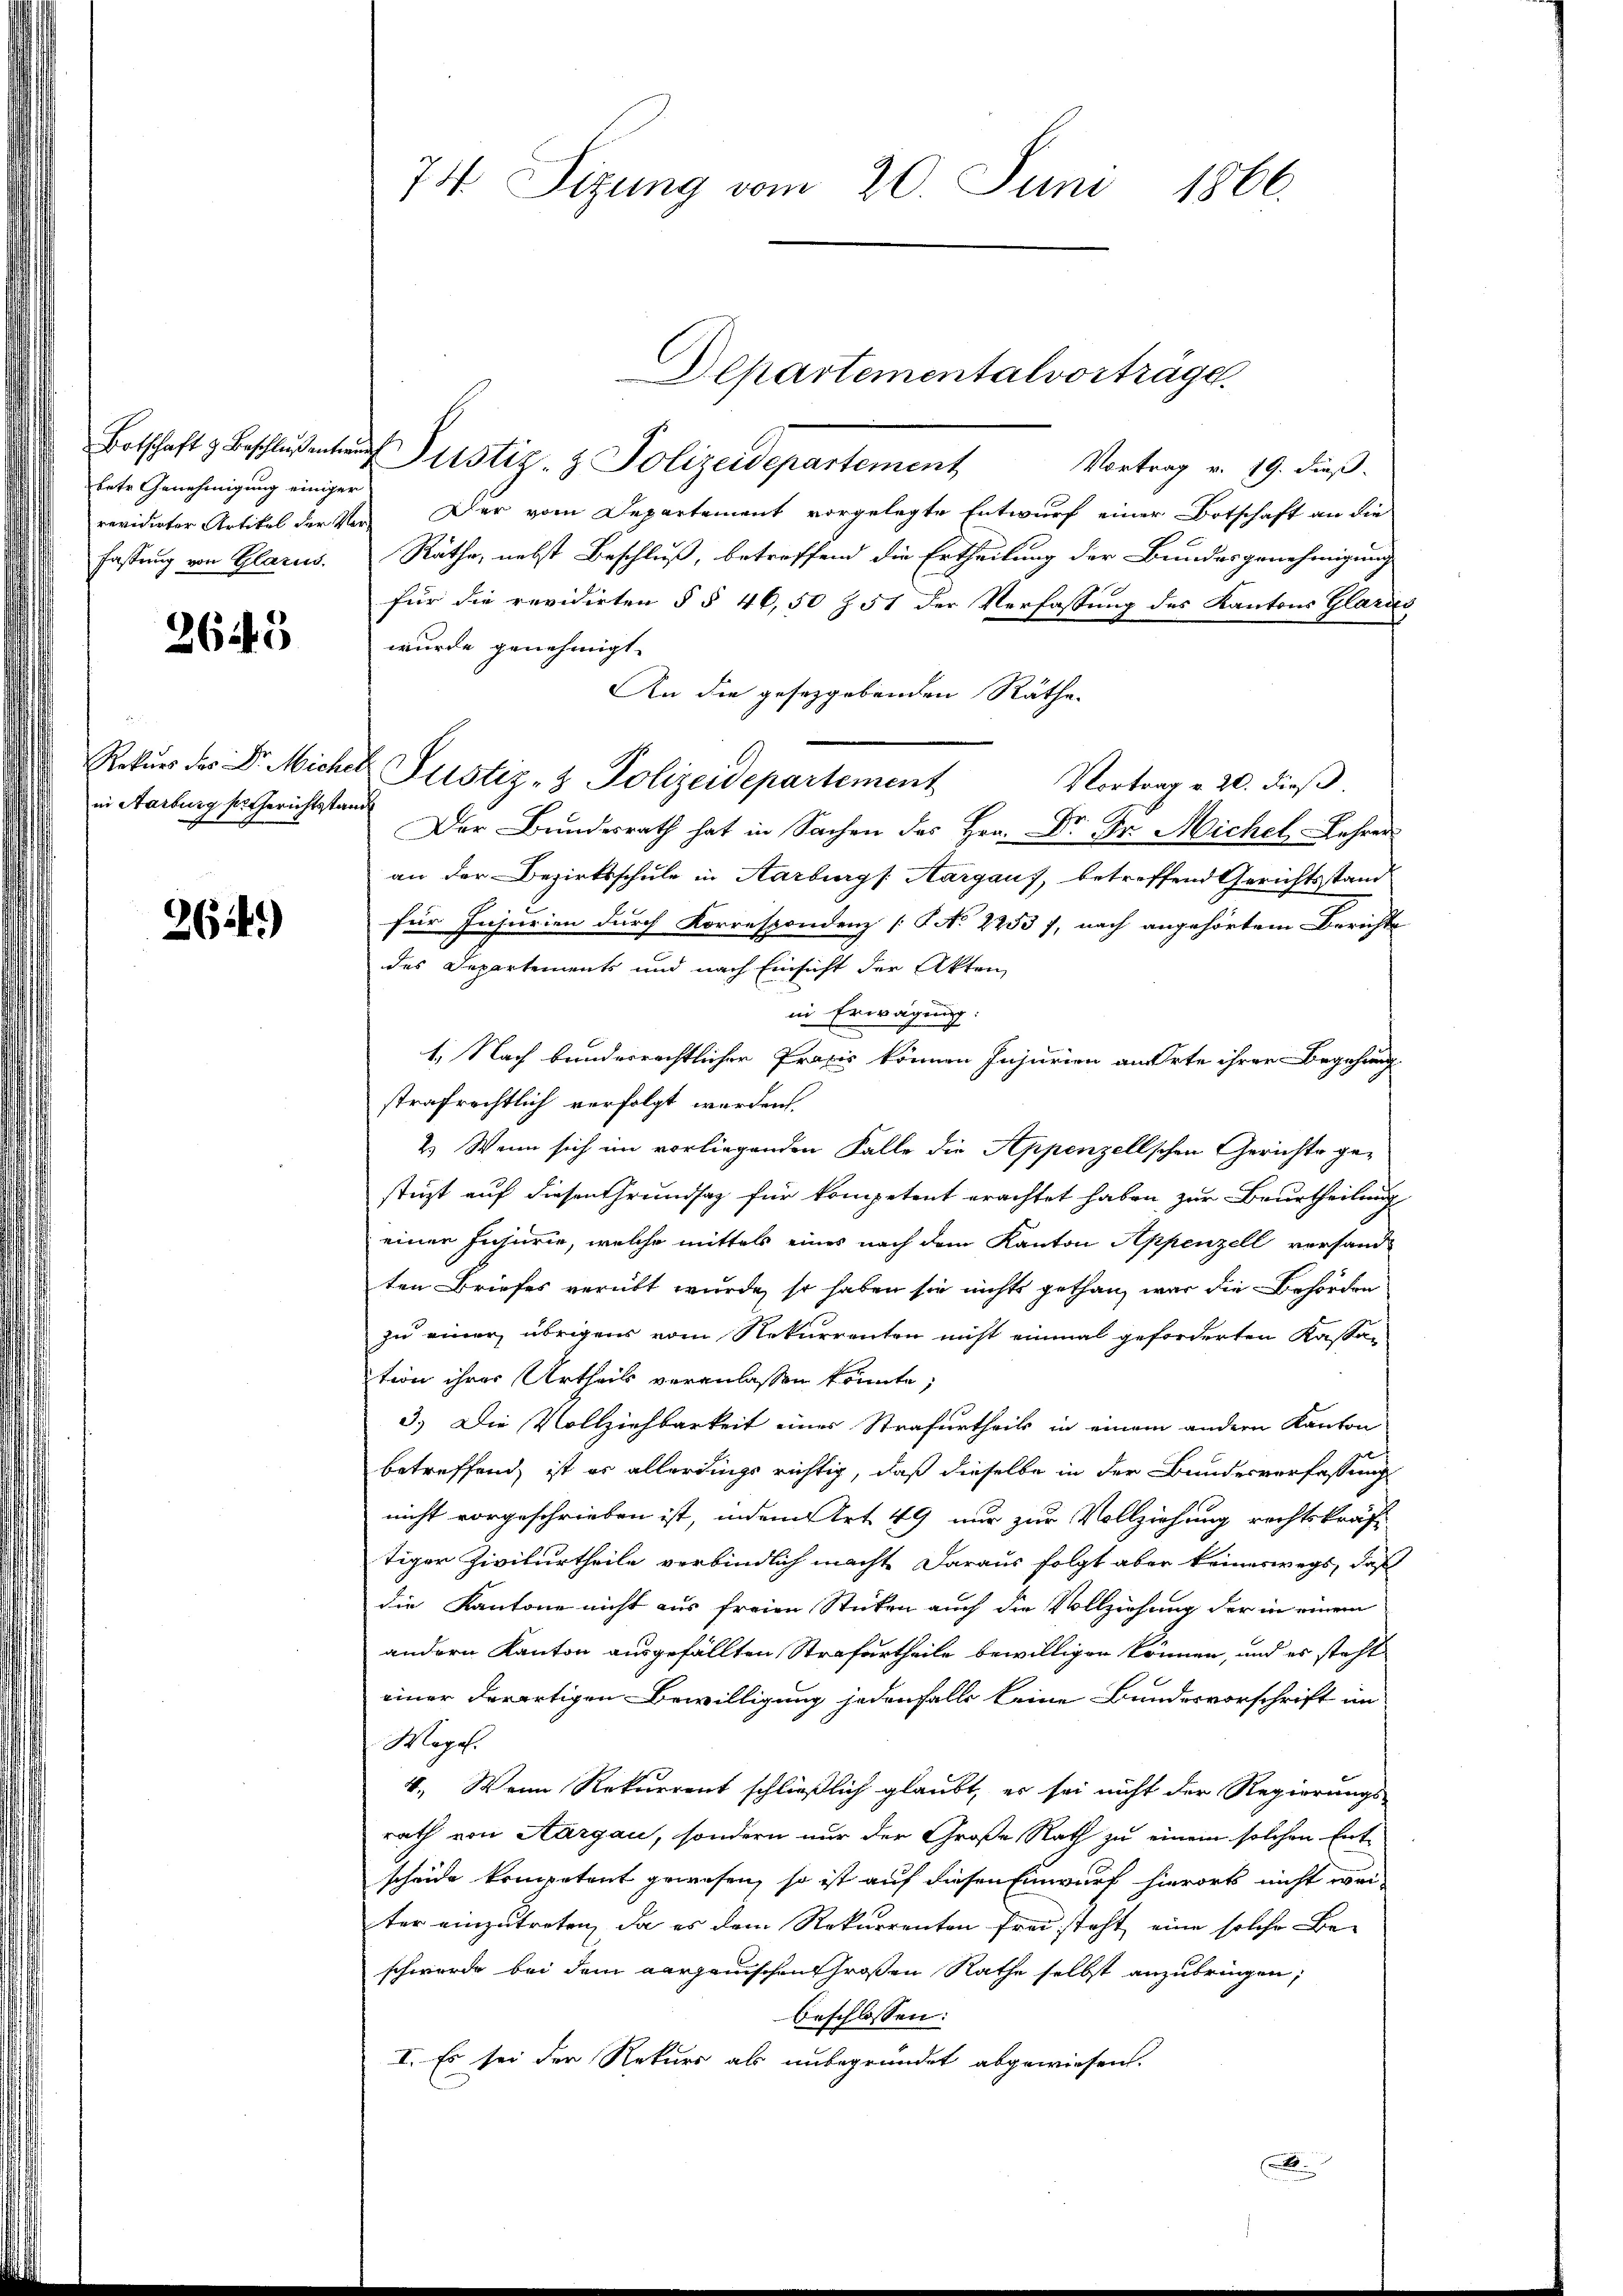
betr. Genehmigung einiger
revidirter Artikel der Verfassung von Glarus.

2643

Rekurs des Dr. Micher
in Aarburg her Gerichtsstand

264)

74. Sizung vom 20. Juni 1866.

Departementalvorträge.

Botschaft z Beschlußenten Justiz- & Polizeidepartement Vortrag v. 19. dieß.
Der vom Departement vorgelegte Entwurf einer Botschaft an die
Räthe, nebst Beschluß, betroffend die Ertheilung der Bundesgenehmigung
für die revidirten § § 46, 50 Z 51 der Verfassung des Kantons Glaric
wurde genehmigt.
An die gesetzgebenden Räthe
 Justiz- & Polizeidepartement
Vortrag v. 20. dieß.
Der Bundesrath hat in Sachen des Hrn. Dr. Dr. Michel Lehrer
an der Bezirksschule in Aarburg s. Aargaus, betreffend Gerichtsstand
für Insurien durch Korrespondenz [No 2253 f, nach angehörtem Berichte
des Departements und nach Einsicht der Akten
in Erwägung:
1. Nach bunderrechtlicher Praxis können Injurien an Orte ihrer Begehung
strafrechtlich verfolgt werden.
2.) Wenn sich im vorliegenden Falle die Appenzellschen Gerichte ge-
stüzt auf diesen Grundsaz für kompetent erachtet haben zur Beurtheilung
einer Injurie, welche mittels eines nach dem Kanton Appenzell versandten Briefes verübt wurde, so haben sie nichts gethan war die Behörden
zu einer übrigen vom Rekurrenten nicht einmal geforderten Kassa-
tion ihrer Urtheils veranlassen könnte;
3.) Die Vollziehbarkeit eines Strafurtheils in einem andern Kanton
betreffend, ist es allerdings richtig, daß dieselbe in der Bundesverfassung
nicht vorgeschrieben ist, indem Art. 49 nur zur Vollziehung rechtskräftiger Zivilurtheile verbindlich macht daraus folgt aber keineswegs, daß
die Kantone nicht aus freien Stücken auch die Vollziehung der in einem
andern Kanton ausgefällten Strafurtheile bewilligen können, und es steht
einer derartigen Bewilligung jedenfalls keine Bundesvorschrift in
Woge.
4. Wenn Rekurrent schließlich glaubt, er sei nicht der Regierungs-
rath von Aargau, sondern nur der Große Rath zu einem solchen Ent-
scheide kompetent gewesen, so ist auf diesen Einwurf hierort nicht wei-
ter einzutreten, da es dem Rekurrenten frei steht, eine solche Beschwerde bei dem aargauischen Großen Rathe selbst anzubringen,
beschlossen:
I. Es sei der Rekurs als unbegründet abgewiesen.
A